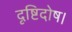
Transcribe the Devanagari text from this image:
दृष्टिदोष।